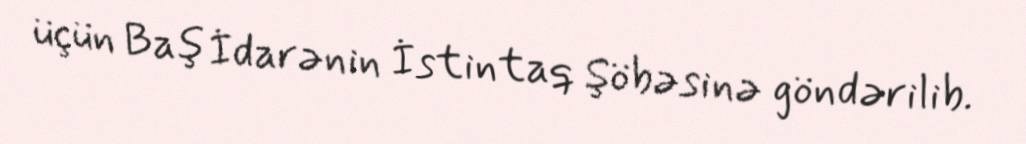
üçün Baş İdarənin İstintaq Şöbəsinə göndərilib.